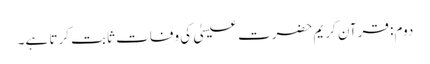
دوم: قرآن کریم حضرت عیسیٰ کی وفات ثابت کرتا ہے۔